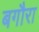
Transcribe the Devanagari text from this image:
बगौरा